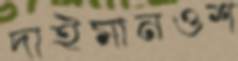
দাইমানওশ